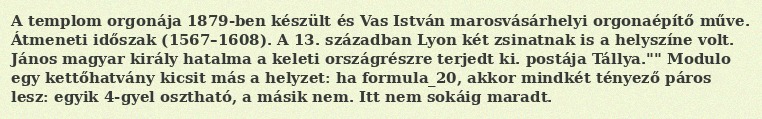
A templom orgonája 1879-ben készült és Vas István marosvásárhelyi orgonaépítő műve. Átmeneti időszak (1567–1608). A 13. században Lyon két zsinatnak is a helyszíne volt. János magyar király hatalma a keleti országrészre terjedt ki. postája Tállya."" Modulo egy kettőhatvány kicsit más a helyzet: ha formula_20, akkor mindkét tényező páros lesz: egyik 4-gyel osztható, a másik nem. Itt nem sokáig maradt.